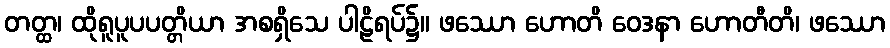
တတ္ထ၊ ထိုရူပူပပတ္တိယာ အစရှိသေ ပါဠိရပ်၌။ ဖဿော ဟောတိ ဝေဒနာ ဟောတီတိ၊ ဖဿော